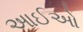
આઈઓ